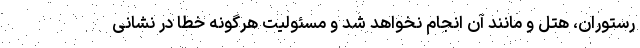
رستوران، هتل و مانند آن انجام نخواهد شد و مسئولیت هرگونه خطا در نشانی